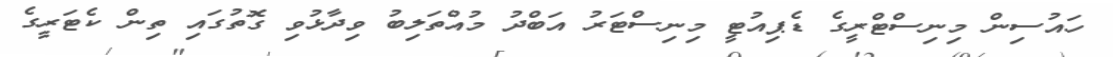
ހައުސިން މިނިސްޓްރީގެ ޑެޕިއުޓީ މިނިސްޓަރު އަބްދު މުއްތަލިބު ވިދާޅުވި ގޮތުގައި ތިން ކެޓަރީގެ